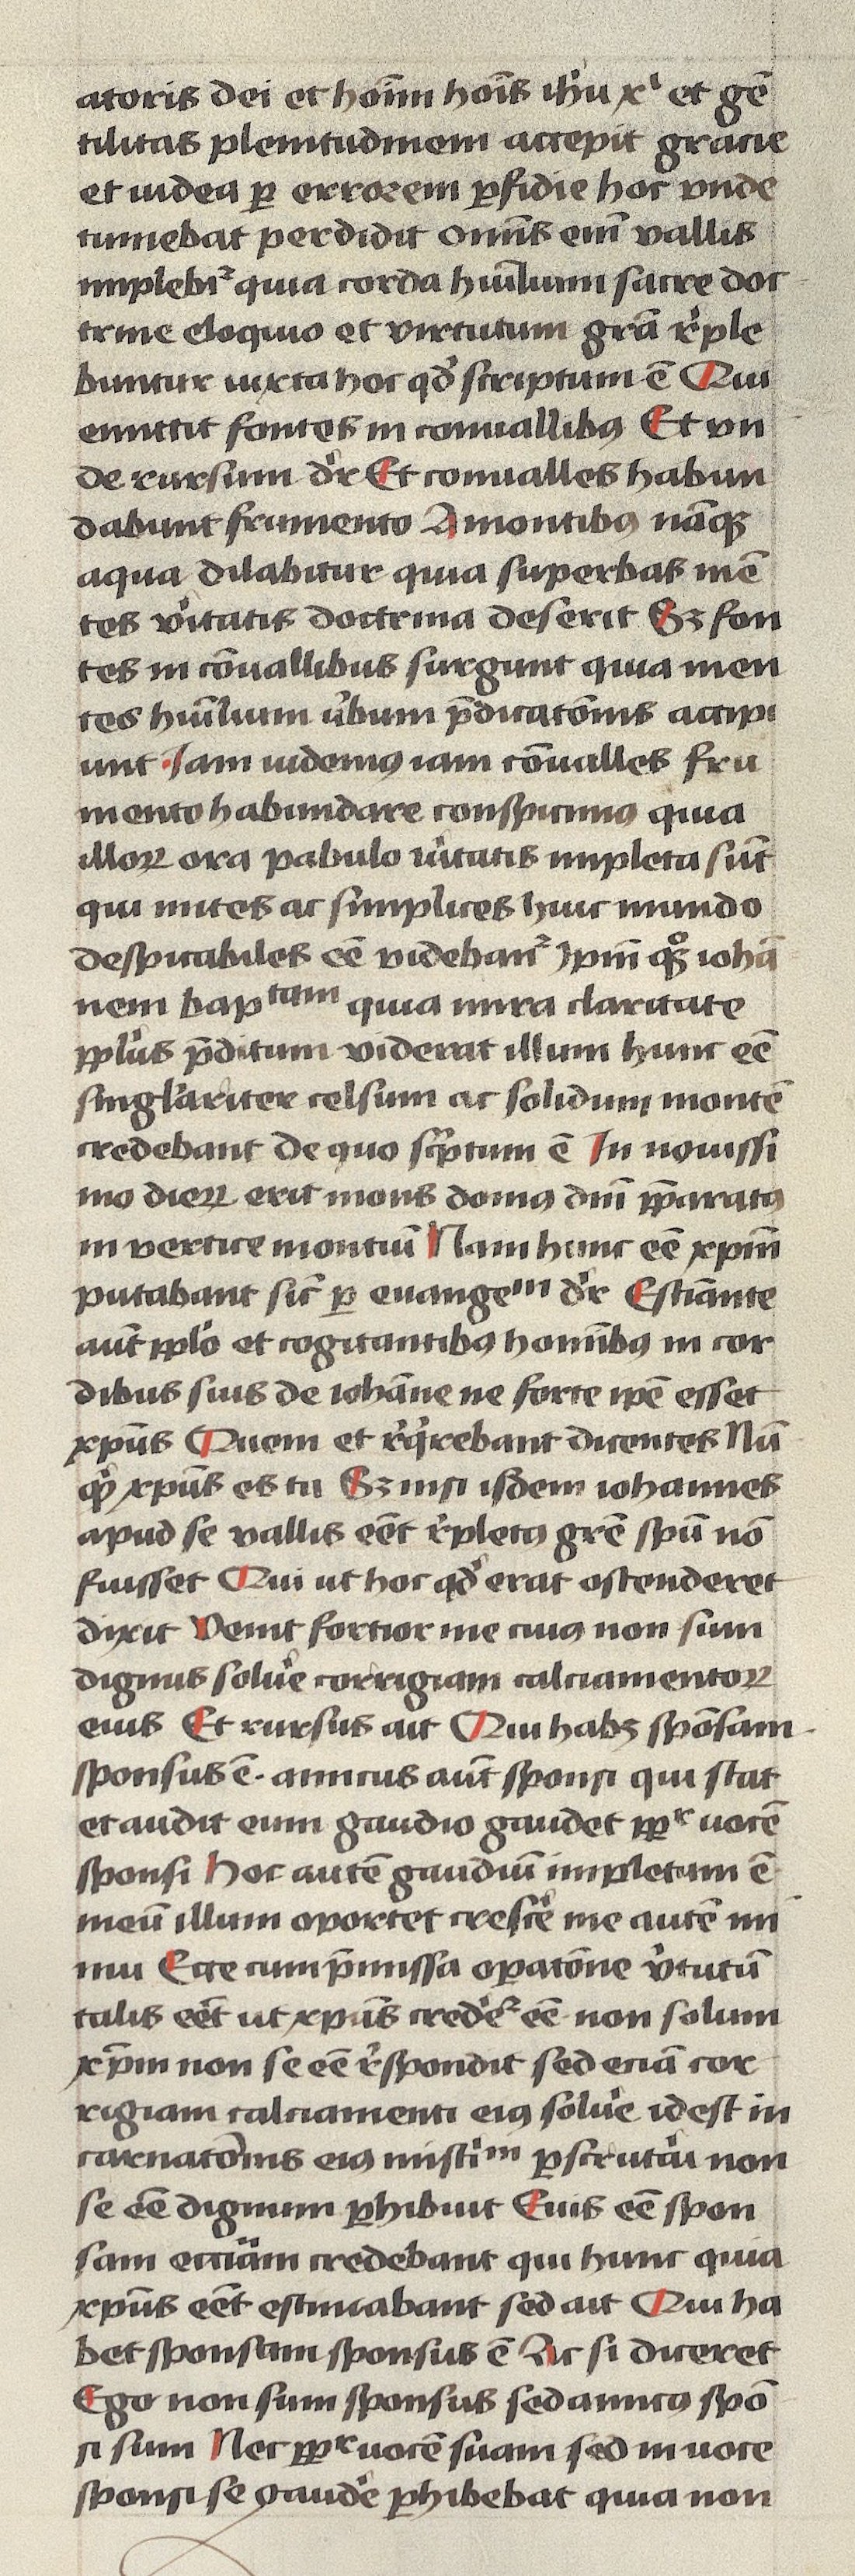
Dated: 1400–1499